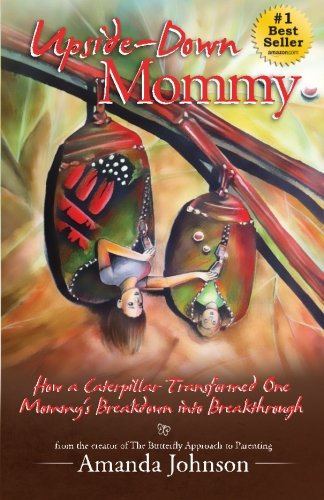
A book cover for Upside-Down Mommy: How a Caterpillar Transformed One Mommy's Breakdown into Breakthrough; Amanda Johnson; Self-Help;